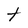
Character: t